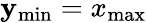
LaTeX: \mathbf{y}_{\mathrm{{min}}}=x_{\mathrm{{max}}}